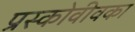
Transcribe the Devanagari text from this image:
प्रस्कोवीवका